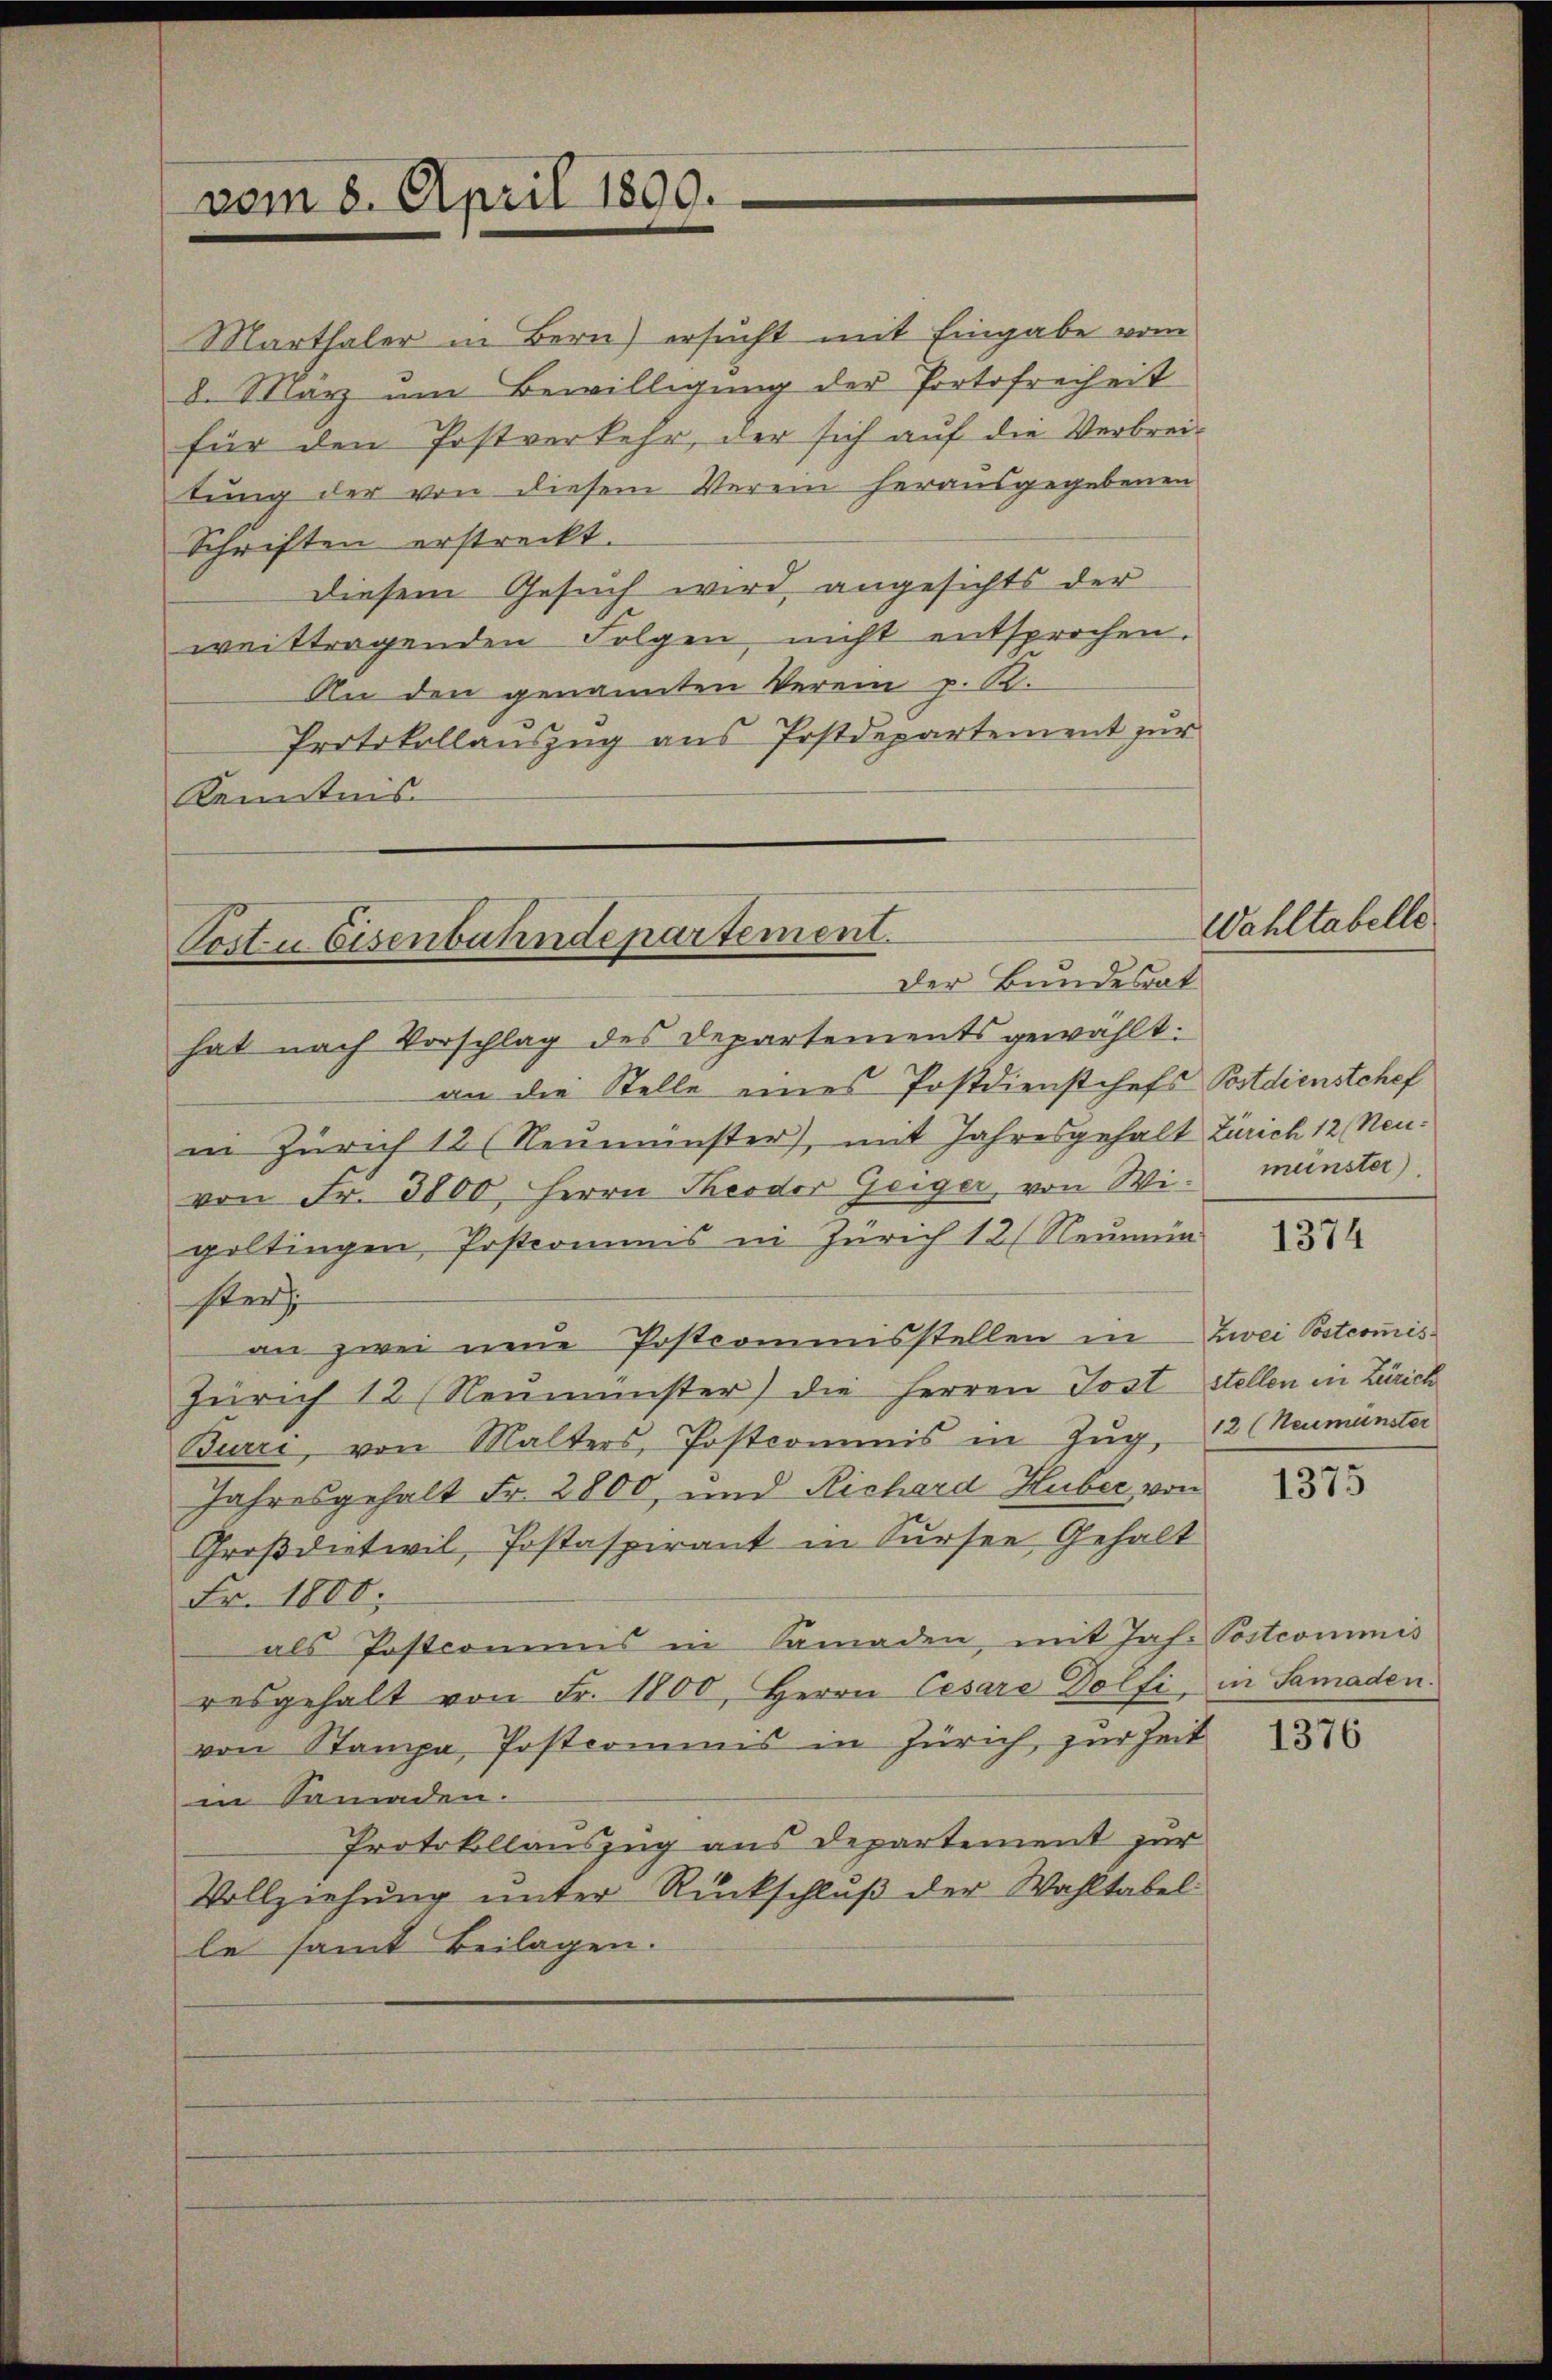
vom 8. April 1899.

Marthaler in Bern) ersucht mit Eingabe vom
8. März um Bewilligung der Portofreiheit
für den Postverkehr, der sich auf die Verbreitung der von diesem Verein herausgegebenen
Schriften erstreckt.
diesem Gesuch wird angesichts der
weittragenden Folgen nicht entsprochen.
An den genannten Verein p. K.
Protokollauszug aus Postdepartement zur
Kenntnis

Corte Eisenbahndepartement.
Der Bundesrat

hat nach Vorschlag des Departements gewählt:
an die Stelle eines Postdienstchefs Postdienstchef
in Zürich 12 (Neumünster), mit Jahresgehalt Zürich 12 Neuvon Fr. 3800. Herrn Theodor Geiger, von Wie münster)
goltingen Postcommis in Zürich 12/ Neumün
ster
an zwei neue Postcommisstellen in Zwei Postcomis¬
Zürich 12 (Neumünster) die Herren Post stellen in Zürich
Burri, von Malters, Postcommis in Zŭg, 12 (Neumünster
Jahresgehalt Fr. 2800 und Richard Huber von
Großdietwil, Postaspirant in Surser Gehalt
Fr. 1800.
als Postcommis in Samaden, mit Jah. Postcommis
resgehalt von Fr. 1800, Herrn Cesare Dolfi in Samaden.
von Stampa, Postcommis in Zürich, zur Zeit
in Samaden.
Protokollauszug aus Departement zur
Vollziehung unter Rückschluß der Wahltabel
le samt Beilagen.

Wahltabelle

1374

1375

1376